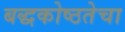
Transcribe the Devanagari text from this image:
बद्धकोष्ठतेचा